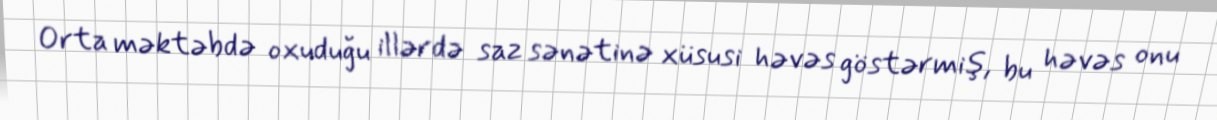
Orta məktəbdə oxuduğu illərdə saz sənətinə xüsusi həvəs göstərmiş, bu həvəs onu